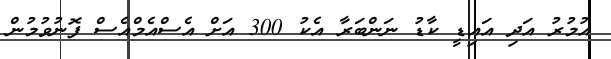
އުމުރު އަދި އައިޑީ ކާޑު ނަންބަރާ އެކު 300 އަށް އެސްއެމްއެސް ފޮނުވުމުން